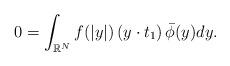
LaTeX: \begin{align*}\begin{aligned} 0= \int_{\mathbb{R}^N}f(|y|) \left(y \cdot t_{1}\right) \bar{\phi}( y)dy.\end{aligned}\end{align*}